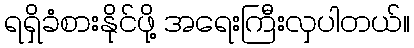
ရရှိခံစားနိုင်ဖို့ အရေးကြီးလှပါတယ်။